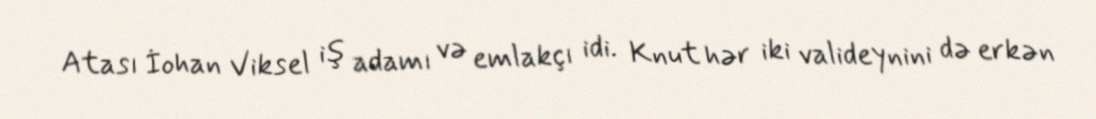
Atası İohan Viksel iş adamı və emlakçı idi. Knut hər iki valideynini də erkən